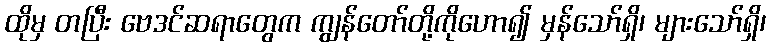
ထိုမှ တပြီး ဗေဒင်ဆရာတွေက ကျွန်တော်တို့ကိုဟော၍ မှန်သော်ရှိ၊ များသော်ရှိ၊